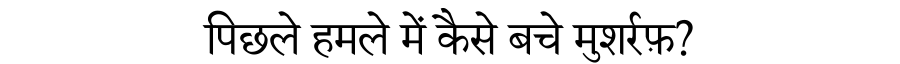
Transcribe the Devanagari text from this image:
पिछले हमले में कैसे बचे मुशर्रफ़?